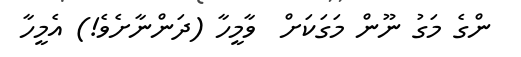
ންގެ މަގު ނޫން މަގަކަށް  ވާމީހާ (ދަންނާށެވެ!) އެމީހާ